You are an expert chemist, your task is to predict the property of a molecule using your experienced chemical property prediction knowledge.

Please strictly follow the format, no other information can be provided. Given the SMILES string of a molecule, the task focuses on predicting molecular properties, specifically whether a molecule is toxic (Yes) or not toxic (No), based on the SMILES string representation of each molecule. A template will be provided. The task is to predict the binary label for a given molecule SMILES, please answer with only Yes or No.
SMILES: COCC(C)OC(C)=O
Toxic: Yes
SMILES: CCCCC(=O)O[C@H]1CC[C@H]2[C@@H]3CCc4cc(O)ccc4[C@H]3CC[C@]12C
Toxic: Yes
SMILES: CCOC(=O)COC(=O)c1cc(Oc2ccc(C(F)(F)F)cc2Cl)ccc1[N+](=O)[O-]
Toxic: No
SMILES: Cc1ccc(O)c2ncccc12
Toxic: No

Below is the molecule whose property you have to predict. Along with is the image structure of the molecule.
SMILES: Oc1ccc2c(c1)Cc1ccccc1-2
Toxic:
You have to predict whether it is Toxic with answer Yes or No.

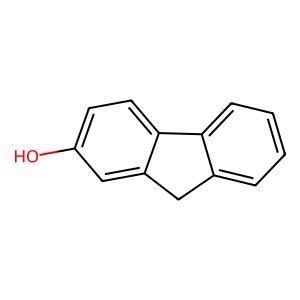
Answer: Yes